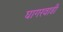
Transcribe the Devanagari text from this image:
घागरवाडी